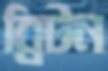
ব্রিটন